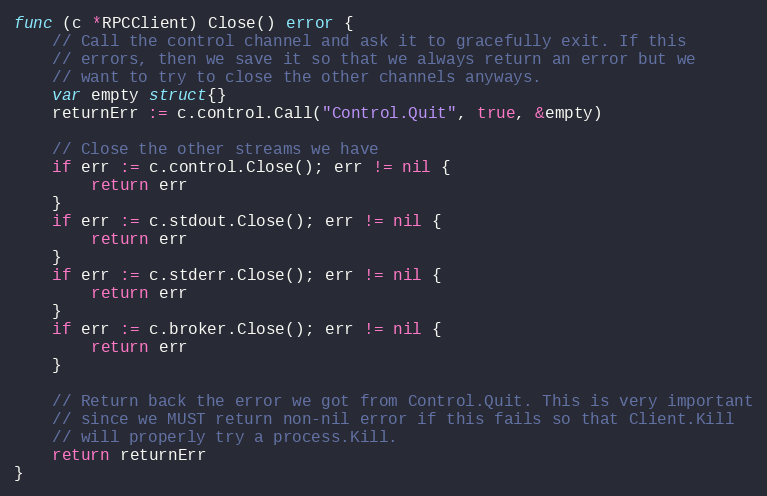
Language: Go
func (c *RPCClient) Close() error {
	// Call the control channel and ask it to gracefully exit. If this
	// errors, then we save it so that we always return an error but we
	// want to try to close the other channels anyways.
	var empty struct{}
	returnErr := c.control.Call("Control.Quit", true, &empty)

	// Close the other streams we have
	if err := c.control.Close(); err != nil {
		return err
	}
	if err := c.stdout.Close(); err != nil {
		return err
	}
	if err := c.stderr.Close(); err != nil {
		return err
	}
	if err := c.broker.Close(); err != nil {
		return err
	}

	// Return back the error we got from Control.Quit. This is very important
	// since we MUST return non-nil error if this fails so that Client.Kill
	// will properly try a process.Kill.
	return returnErr
}